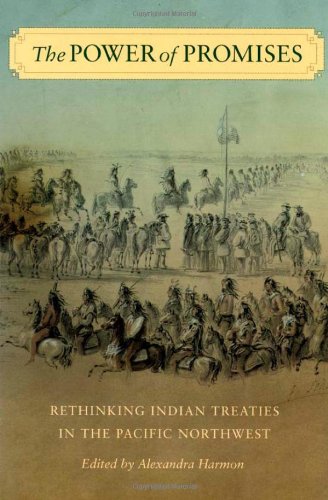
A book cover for The Power of Promises: Rethinking Indian Treaties in the Pacific Northwest (Emil and Kathleen Sick Book Series in Western History and Biography); Alexandra Harmon; Law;